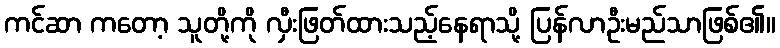
ကင်ဆာ ကတော့ သူတို့ကို လှီးဖြတ်ထားသည့်နေရာသို့ ပြန်လာဦးမည်သာဖြစ်၏။